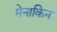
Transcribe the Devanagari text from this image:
मेनाकिन